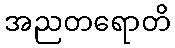
အညတရောတိ